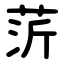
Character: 䓅